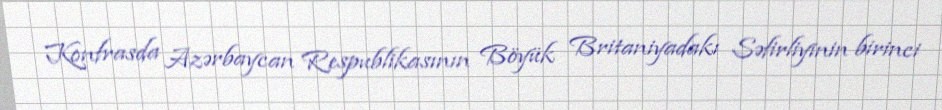
Konfrasda Azərbaycan Respublikasının Böyük Britaniyadakı Səfirliyinin birinci